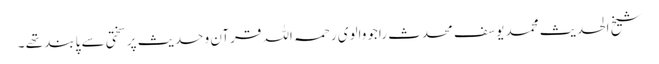
شیخ الحدیث محمد یوسف محدث راجووالوی رحمہ اللہ قرآن و حدیث پر سختی سے پابند تھے ۔